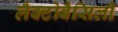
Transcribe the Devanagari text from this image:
लैक्टोबैसिली